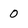
Character: 0